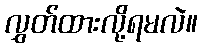
လွှတ်ထားလို့ရမလဲ။